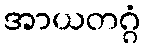
အာယတဂ္ဂံ